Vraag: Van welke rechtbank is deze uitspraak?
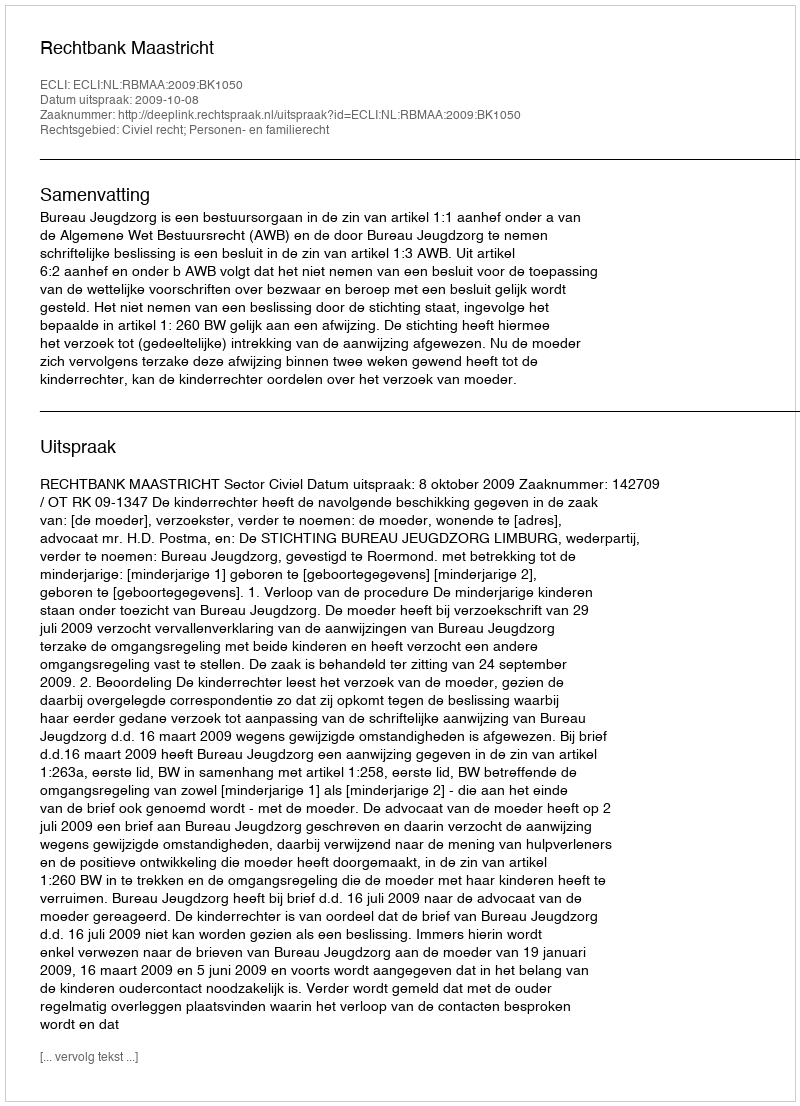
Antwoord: Rechtbank Maastricht